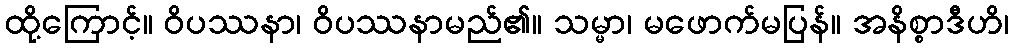
ထို့ကြောင့်။ ဝိပဿနာ၊ ဝိပဿနာမည်၏။ သမ္မာ၊ မဖောက်မပြန်။ အနိစ္စာဒီဟိ၊